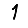
Digit: 1